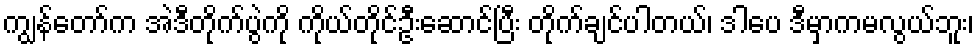
ကျွန်တော်က အဲဒီတိုက်ပွဲကို ကိုယ်တိုင်ဦးဆောင်ပြီး တိုက်ချင်ပါတယ်၊ ဒါပေ ဒီမှာကမလွယ်ဘူး၊